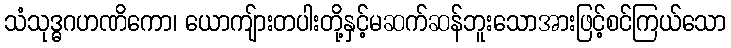
သံသုဒ္ဓဂဟဏိကော၊ ယောကျ်ားတပါးတို့နှင့်မဆက်ဆန်ဘူးသောအားဖြင့်စင်ကြယ်သော